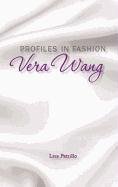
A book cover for Vera Wang (Profiles in Fashion); Lisa Petrillo; Teen & Young Adult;